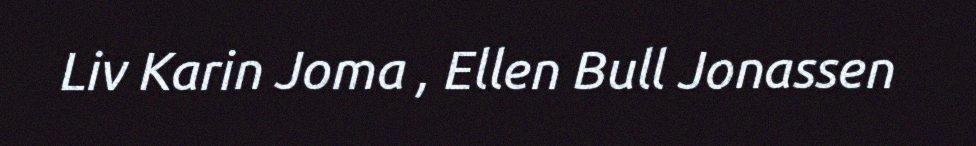
Liv Karin Joma , Ellen Bull Jonassen